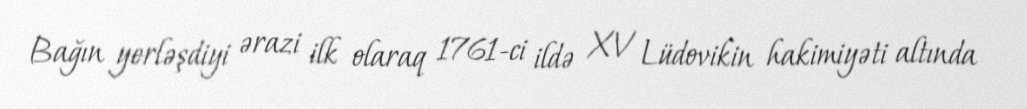
Bağın yerləşdiyi ərazi ilk olaraq 1761-ci ildə XV Lüdovikin hakimiyəti altında